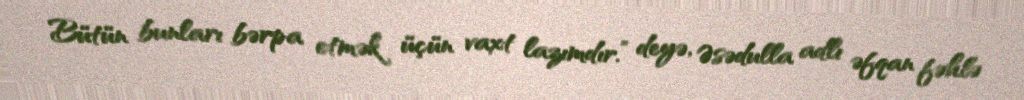
Bütün bunları bərpa etmək üçün vaxt lazımdır.” deyə, Əsədulla adlı əfqan fəhlə